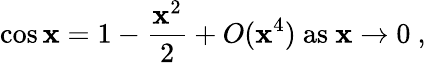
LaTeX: \cos\mathbf{x}=1-{\frac{{\mathbf{x}^{2}}}{{2}}}+O(\mathbf{x}^{4}){\mathrm{{~as~}}}\mathbf{x}\to0\ ,